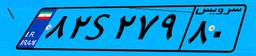
۳۶S۶۳۸۷۳